Scottish assistants in French and Prussian schools and colleges, 1910
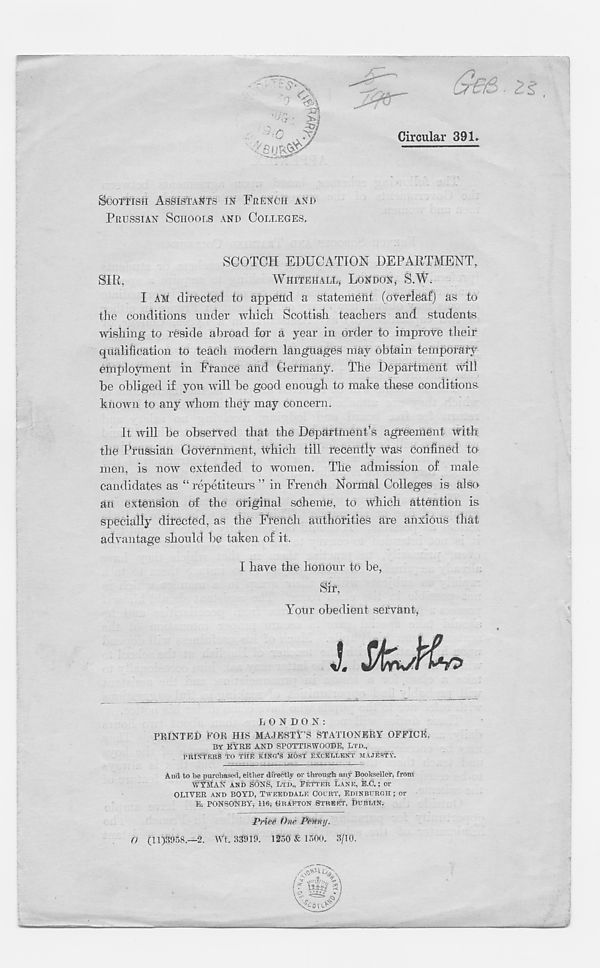
Circular 391.
SCOTTISH ASSISTANTS IN FRENCH AND
PRUSSIAN SCHOOLS AND COLLEGES.
SCOTCH EDUCATION DEPARTMENT,
SIR,
WHITEHALEJ LONDON, S.W.
I Alvi directed to append a statement (overleaf) as to
the conditions under which Scottish teachers and students
wishing to reside abroad for a year in order to improve their
qualification to teach modern languages may obtain temporary
employment in France and Germany. The Department will
be obliged if you will be good enough to make these conditions,
known to any whom they may concern.
It will be observed that the Department’s agreement with
the Prussian Government, tvhicli till recently was confined to
men, is now extended to women. The admission of male
candidates as “ repetiteurs ” in French Normal Colleges is also
an extension of the original scheme, to which attention is
specially directed, as the French authorities are anxious that
advantage should be taken of it.
I have the honour to be,
Sir,
Your obedient servant,
l
LONDON:
PRINTED FOR HIS MAJESTY’S STATIONERY OFFICE,
BY EYRE AND SPOTTISWOOBE, LTD.,
I>HISTEKS TO THE KING’S MOST EXCELLENT MAJESTY.
And to be purchased, either directly or through any Bookseller, from
WVjVfAX AND SONS, LTD., FETTER LANE, E.C.; or
OLIVER AND BOYD, TWEED DALE COURT, EDINBURGH ; or
E. PONSONBY, 116,- ORAFTON STREET, DUBLIN.
Price One Penny.
O (11)3958.-2. Wt. 33919. 1250 £ 1500. 3/10.